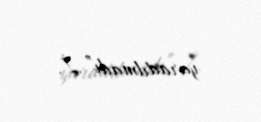
yaradılmadı”.İ.